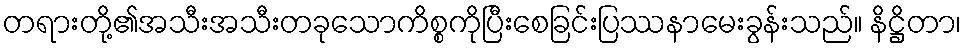
တရားတို့၏အသီးအသီးတခုသောကိစ္စကိုပြီးစေခြင်းပြဿနာမေးခွန်းသည်။ နိဋ္ဌိတာ၊